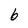
Character: 6